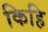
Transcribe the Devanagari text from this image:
किहि